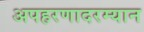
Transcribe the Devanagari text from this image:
अपहरणादरम्यान